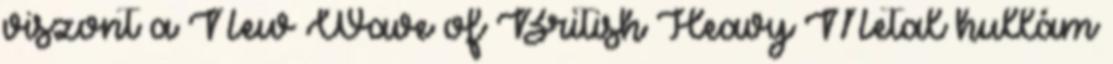
viszont a New Wave of British Heavy Metal hullám